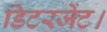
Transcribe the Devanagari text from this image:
डिटरजेंट।